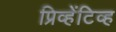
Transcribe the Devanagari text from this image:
प्रिव्हेंटिव्ह